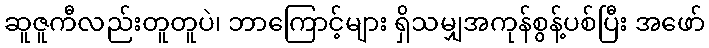
ဆူဇူကီလည်းတူတူပဲ၊ ဘာကြောင့်များ ရှိသမျှအကုန်စွန့်ပစ်ပြီး အဖော်